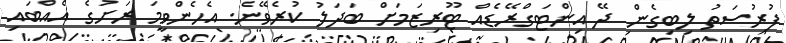
ފުރުސަތު ލިބިގެން ދޭ އިންޓަގްރޭޑެއް ޓޫރިޒަމަށް ބަދަލު ކުރެވޭނެ. އެހެންވީމަ ރަށުގެ އެއްބައި